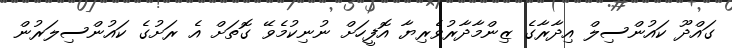
ގައްދޫ ކައުންސިލް އިދާރާގެ ޒިންމާދާރުވެރިޔާ އޮފީހަށް ނުނިކުމެވޭ ގޮތަށް އެ ރަށުގެ ކައުންސިލަރުން